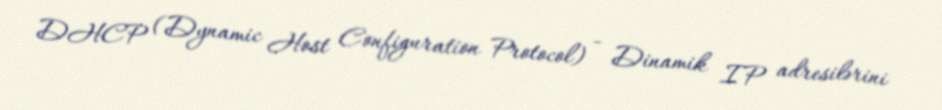
DHCP (Dynamic Host Configuration Protocol) - Dinamik IP adresilərini